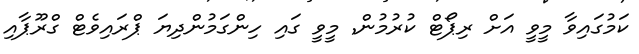
ކަމުގައިވާ މީވީ އަށް ރިޕޯޓް ކުރުމުން